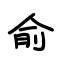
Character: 俞